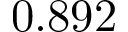
0 . 8 9 2